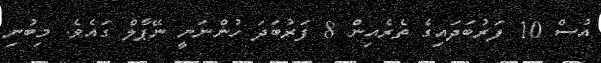
އުސް 10 ފަރުބަދައިގެ ތެރެއިން 8 ފަރުބަދަ ހުންނަނީ ނޭޕާލް ގައެވެ. މިބުނި